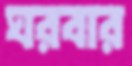
ঘরবার